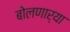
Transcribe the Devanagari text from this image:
बोलणार्या